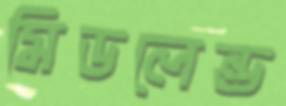
মিডলেন্ড